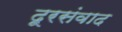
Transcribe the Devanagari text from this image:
दूरसंवाद